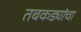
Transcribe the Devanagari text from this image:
तबकड्यांचा